Civil Veterinary Dept. Bombay admin report 1923-31 - 1923-1931
Year: 1923
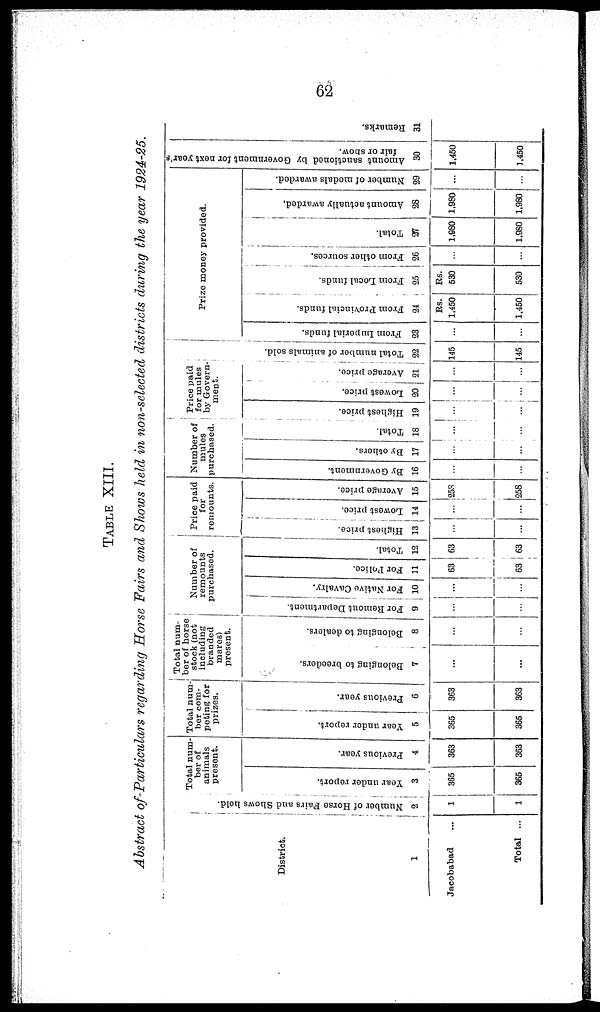
62
TABLE XIII.
Abstract of Particulars regarding Horse Fairs and Shows held in non-selected districts during the year 1924-25.
District.
1
Jacobabad ...
Total ...
Number of Horse Pairs and Shows bold.
2
1
1
Total num-
ber of
animals
present.
Tear under report.
3
365
366
Previous year.
4
363
363
Total num-
ber com-
peting for
prizes.
Year under report.
5
365
366
Previous year.
6
363
363
Total num-
ber of horse
stock (not
including
branded
mares)
present.
Belonging to breeders.
7
...
...
Belonging to dealers.
—
8
...
...
Number of
remounts
purchased.
For Remout Department.
9
...
...
For Native Cavalry.
10
...
...
For Police.
11
63
63
Total.
12
63
63
Price paid
for
remounts.
Highest price.
13
...
...
Lowest price.
14
...
...
Average price.
15
258
258
Number of
mules
purchased.
By Government.
16
...
...
By others.
17
...
...
Total.
18
...
...
Price paid
for mules
by Govern-
ment.
Highest price.
19
...
...
Lowest price.
20
...
...
Average price.
21
...
...
Total number of animals sold.
22
145
145
Prize money provided.
From Imperial funds.
23
...
...
From Provincial funds.
24
Rs.
1,450
1,450
From Local funds.
25
Rs.
530
530
From other sources.
26
...
...
Total.
27
1,980
1,980
Amount actually awarded.
28
1,980
1,980
Number of medals awarded.
29
...
...
Amount sanctioned by Government for next year's
fair or show.
30
1,450
1,450
Remarks.
31